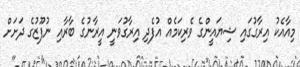
މިއާއެކު އިރާގުގައި ޝިޔައީންގެ ވެރިކަމެއް އުފެދި އިރާގުވަނީ އީރާނުގެ ބާރާއި ނުފޫޒުގެ ދަށަށް